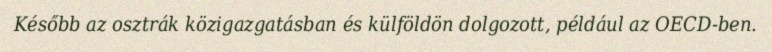
Később az osztrák közigazgatásban és külföldön dolgozott, például az OECD-ben.